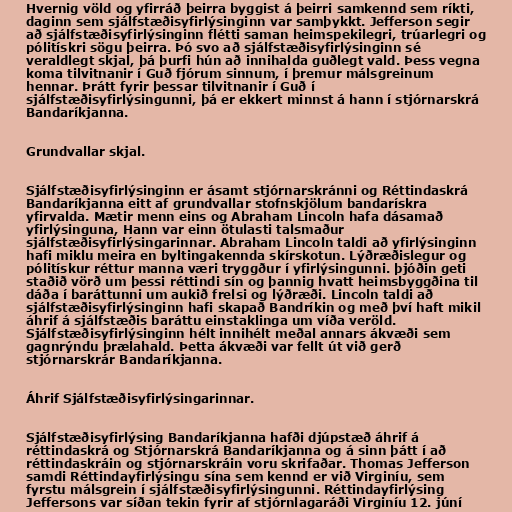
Hvernig völd og yfirráð þeirra byggist á þeirri samkennd sem ríkti,
daginn sem sjálfstæðisyfirlýsinginn var samþykkt. Jefferson segir
að sjálfstæðisyfirlýsinginn flétti saman heimspekilegri, trúarlegri og
pólitískri sögu þeirra. Þó svo að sjálfstæðisyfirlýsinginn sé
veraldlegt skjal, þá þurfi hún að innihalda guðlegt vald. Þess vegna
koma tilvitnanir í Guð fjórum sinnum, í þremur málsgreinum
hennar. Þrátt fyrir þessar tilvitnanir í Guð í
sjálfstæðisyfirlýsingunni, þá er ekkert minnst á hann í stjórnarskrá
Bandaríkjanna.

Grundvallar skjal.

Sjálfstæðisyfirlýsinginn er ásamt stjórnarskránni og Réttindaskrá
Bandaríkjanna eitt af grundvallar stofnskjölum bandarískra
yfirvalda. Mætir menn eins og Abraham Lincoln hafa dásamað
yfirlýsinguna, Hann var einn ötulasti talsmaður
sjálfstæðisyfirlýsingarinnar. Abraham Lincoln taldi að yfirlýsinginn
hafi miklu meira en byltingakennda skírskotun. Lýðræðislegur og
pólitískur réttur manna væri tryggður í yfirlýsingunni. þjóðin geti
staðið vörð um þessi réttindi sín og þannig hvatt heimsbyggðina til
dáða í baráttunni um aukið frelsi og lýðræði. Lincoln taldi að
sjálfstæðisyfirlýsinginn hafi skapað Bandríkin og með því haft mikil
áhrif á sjálfstæðis baráttu einstaklinga um víða veröld.
Sjálfstæðisyfirlýsinginn hélt innihélt meðal annars ákvæði sem
gagnrýndu þrælahald. Þetta ákvæði var fellt út við gerð
stjórnarskrár Bandaríkjanna.

Áhrif Sjálfstæðisyfirlýsingarinnar.

Sjálfstæðisyfirlýsing Bandaríkjanna hafði djúpstæð áhrif á
réttindaskrá og Stjórnarskrá Bandaríkjanna og á sinn þátt í að
réttindaskráin og stjórnarskráin voru skrifaðar. Thomas Jefferson
samdi Réttindayfirlýsingu sína sem kennd er við Virginíu, sem
fyrstu málsgrein í sjálfstæðisyfirlýsingunni. Réttindayfirlýsing
Jeffersons var síðan tekin fyrir af stjórnlagaráði Virginíu 12. júní